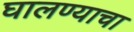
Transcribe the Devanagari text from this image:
घालण्‍याचा